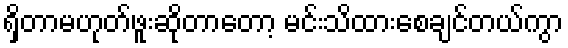
ရှိတာမဟုတ်ဖူးဆိုတာတော့ မင်းသိထားစေချင်တယ်ကွာ